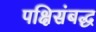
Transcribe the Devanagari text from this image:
पक्षिसंबद्ध